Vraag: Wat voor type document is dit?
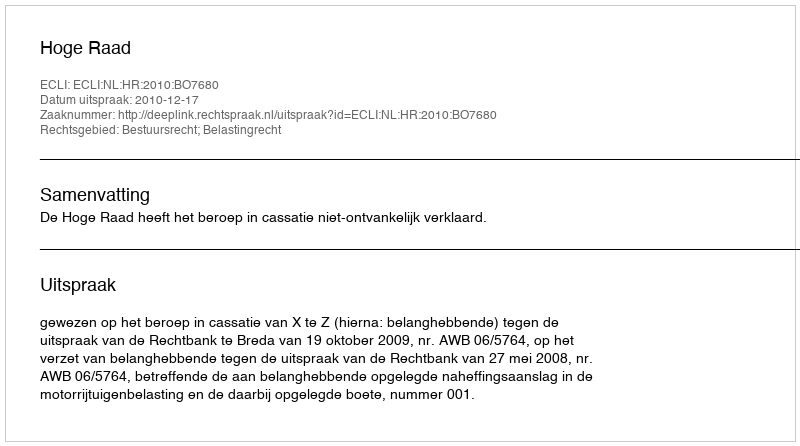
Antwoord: Uitspraak